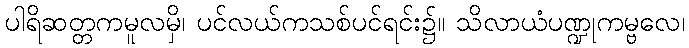
ပါရိဆတ္တကမူလမှိ၊ ပင်လယ်ကသစ်ပင်ရင်း၌။ သိလာယံပဏ္ဍုကမ္ဗလေ၊